Civil Veterinary Department Bihar & Orissa reports 1929-36 - 1929-1936
Year: 1929
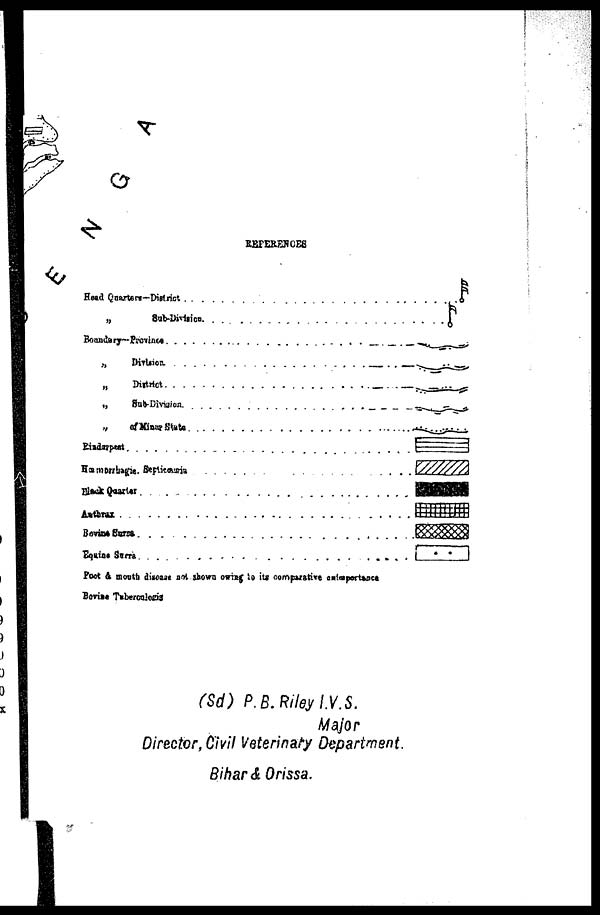
REFERENCES
(Sd) P.B.Riley I.V.S.
Major
Director, Civil Veterinary Department.
Bihar & Orissa.